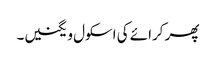
پھر کرائے کی اسکول ویگنیں۔